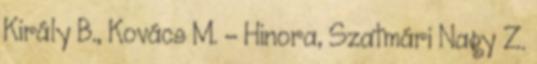
Király B., Kovács M. – Hinora, Szatmári Nagy Z.